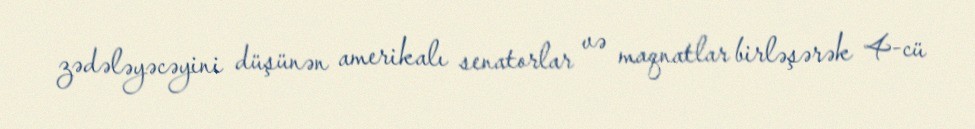
zədələyəcəyini düşünən amerikalı senatorlar və maqnatlar birləşərək 4-cü